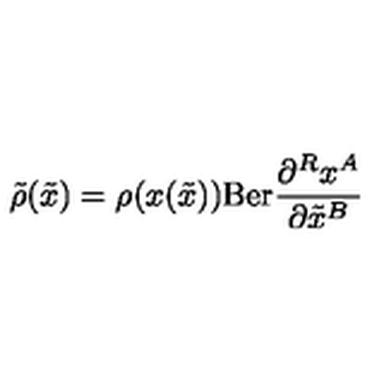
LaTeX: { \tilde { \rho } } ( { \tilde { x } } ) = \rho ( x ( { \tilde { x } } ) ) \mathrm { B e r } \frac { \partial ^ { R } x ^ { A } } { \partial { \tilde { x } } ^ { B } }